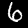
Label: 6